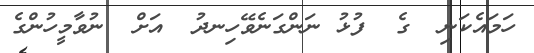
ހަމައެކަނި  ގެ  ފުޅު ނަންގަނެވޭހިނދު  އަށް  ނުވާމީހުންގެ